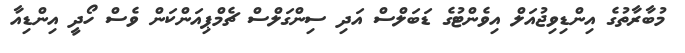
މުބާރާތުގެ އިންޑިވިޖުއަލް އިވެންޓުގެ ޑަބަލްސް އަދި ސިންގަލްސް ޗެމްޕިއަންކަން ވެސް ހޯދީ އިންޑިއާ